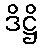
ဒိဋ္ဌိ